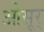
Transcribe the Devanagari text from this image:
ओसूर्